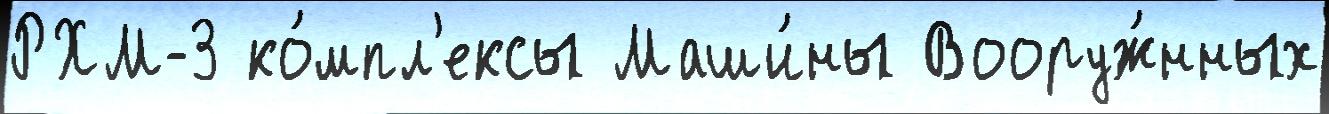
РХМ-3 ко́мпл'ексы Маши́ны Вооруж́нных